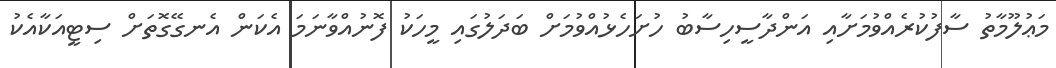
މަޢުލޫމާތު ސާފުކުރެއްވުމަށާއި އަންދާސީހިސާބު ހުށަހެޅުއްވުމަށް ބަދަލުގައި މީހަކު ފޮނުއްވާނަމަ އެކަން އެނގޭގޮތަށް ސިޓީއަކާއެކު